Civil Veterinary Dept. Bombay admin report 1900-1906 - 1900-1906
Year: 1900
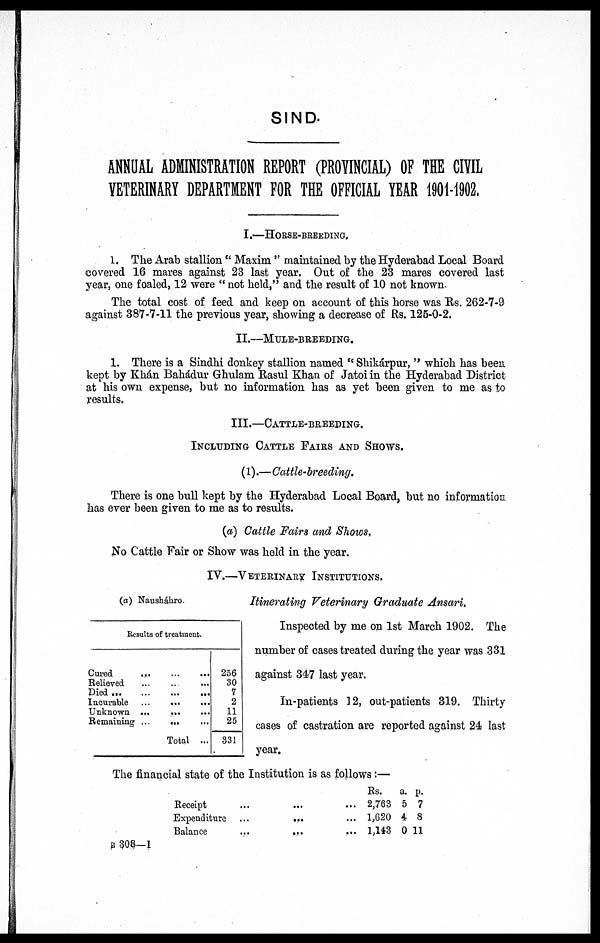
SIND.
ANNUAL ADMINISTRATION REPORT (PROVINCIAL) OF THE CIVIL
VETERINARY DEPARTMENT FOR THE OFFICIAL YEAR 1901-1902.
I.—HORSE-BREEDING.
1. The Arab stallion "Maxim" maintained by the Hyderabad Local Board
covered 16 mares against 23 last year. Out of the 23 mares covered last
year, one foaled, 12 were "not held," and the result of 10 not known.
The total cost of feed and keep on account of this horse was Rs. 262-7-9
against 387-7-11 the previous year, showing a decrease of Rs. 125-0-2.
II.—MULE-BREEDING.
1. There is a Sindhi donkey stallion named "Shikárpur," which has been
kept by Khán Bahádur Ghulam Rasul Khan of Jatoi in the Hyderabad District
at his own expense, but no information has as yet been given to me as to
results.
III.—CATTLE-BREEDING.
INCLUDING CATTLE FAIRS AND SHOWS.
(1).—Cattle-breeding.
There is one bull kept by the Hyderabad Local Board, but no information
has ever been given to me as to results.
(a) Cattle Fairs and Shows.
No Cattle Fair or Show was held in the year.
IV.—VETERINARY INSTITUTIONS.
(a) Nausháhro.
Results of treatment.
Cured
...
...
...
Believed ... .. ...
Died
...
...
...
...
Incurable
...
...
...
Unknown ...
...
Remaining ...
...
Total ...
256
30
7
2
11
25
331
Itinerating Veterinary Graduate Ansari.
Inspected by me on 1st March 1902. The
number of cases treated during the year was 331
against 347 last year.
In-patients 12, out-patients 319. Thirty
cases of castration are reported against 24 last
year.
The financial state of the Institution is as follows:—
Receipt
...
...
Expenditure
...
...
Balance
...
...
Rs.
2,763
1,620
1,143
a.
5
4
0
p.
7
8
11
B 308—1